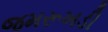
જમરૂખડી